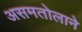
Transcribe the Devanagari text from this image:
असमतोलाने